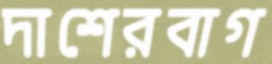
দাশেরবাগ